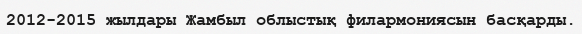
2012-2015 жылдары Жамбыл облыстық филармониясын басқарды.